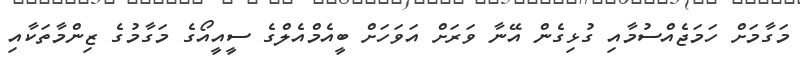
މަގާމަށް ހަމަޖެއްސުމާއި ގުޅިގެން އޭނާ ވަރަށް އަވަހަށް ބީއެމްއެލްގެ ސީއީއޯގެ މަގާމުގެ ޒިންމާތަކާއި